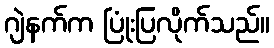
ဂျဲနက်က ပြုံးပြလိုက်သည်။